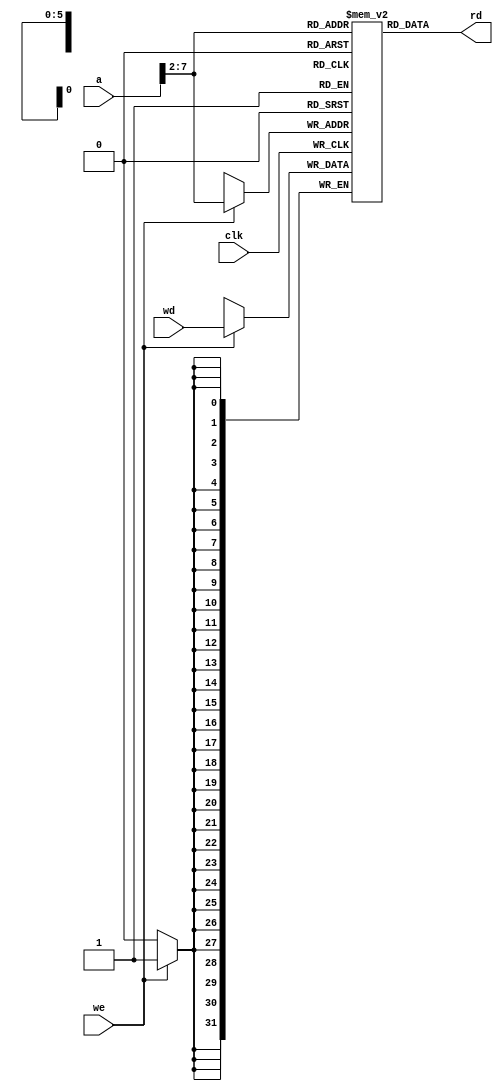
`timescale 1ns / 1ps
module dmem(
        input clk,we,
        input [31:0] a,wd,
        output [31:0] rd
);

reg [31:0] RAM [63:0];

assign rd = RAM[a[31:2]];
always @(posedge clk)
if(we)
    RAM[a[31:2]] <= wd;
endmodule